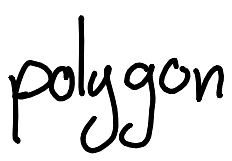
Text: poligon
Cross-out: clean
Writing tool: digital_black